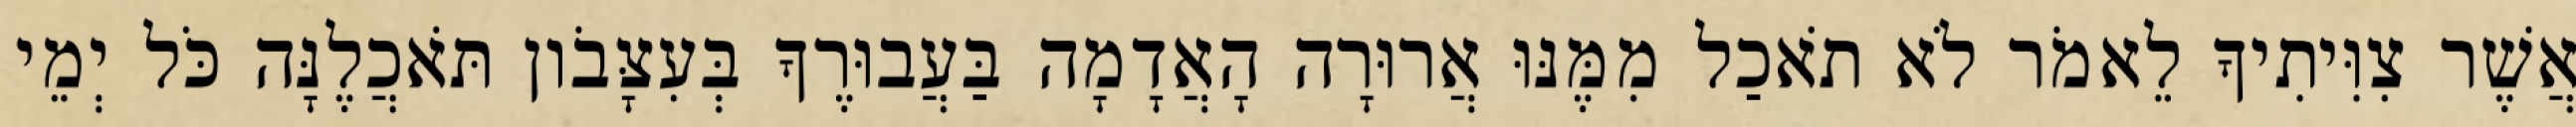
אֲשֶׁר צִוִּיתִיךָ לֵאמֹר לֹא תֹאכַל מִמֶּנּוּ אֲרוּרָה הָאֲדָמָה בַּעֲבוּרֶךָ בְּעִצָּבֹון תֹּאכֲלֶנָּה כֹּל יְמֵי